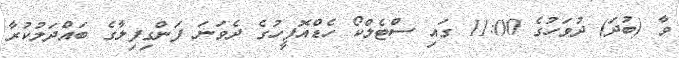
ވާ (ބުދަ) ދުވަހުގެ 11:00 ގައި ސްޓެލްކޯ ހެޑްއޮފީހުގެ ދެވަނަ ފަންގިފިލާގެ ބައްދަލުކުރާ